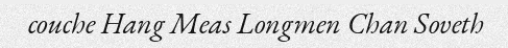
couche Hang Meas Longmen Chan Soveth